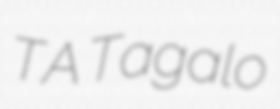
TA Tagalo